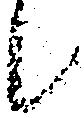
候